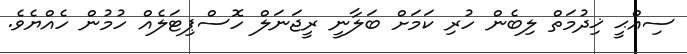
ސިއްޙީ ޚިދުމަތް ލިބެން ހުރި ކަމަށް ބަލާނީ ރީޖަނަލް ހޮސްޕިޓަލެއް ހުމުން ހެއްޔެވެ.